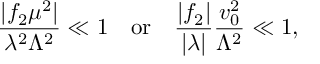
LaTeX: { \frac { | f _ { 2 } \mu ^ { 2 } | } { \lambda ^ { 2 } \Lambda ^ { 2 } } } \ll 1 \quad \mathrm { o r } \quad { \frac { | f _ { 2 } | } { | \lambda | } } { \frac { v _ { 0 } ^ { 2 } } { \Lambda ^ { 2 } } } \ll 1 ,